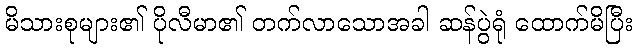
မိသားစုများ၏ ပိုလီမာ၏ တက်လာသောအခါ ဆန်ပွဲရုံ ထောက်မိပြီး